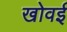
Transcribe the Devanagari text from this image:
खोवई